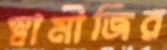
স্বামীজির